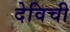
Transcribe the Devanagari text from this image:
देविची